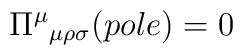
\Pi^{\mu}{}_{\mu\rho\sigma}(pole)=0